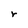
Character: r